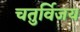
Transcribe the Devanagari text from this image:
चतुर्विजय